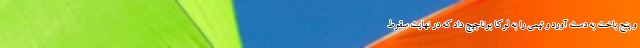
و پنج باخت به دست آورد و تیمی را به لوکا بوناچیچ داد که در نهایت سقوط